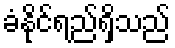
ခံနိုင်ရည်ရှိသည်